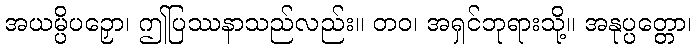
အယမ္ပိပဉှော၊ ဤပြဿနာသည်လည်း။ တဝ၊ အရှင်ဘုရားသို့။ အနုပ္ပတ္တော၊